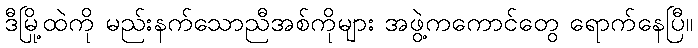
ဒီမြို့ထဲကို မည်းနက်သောညီအစ်ကိုများ အဖွဲ့ကကောင်တွေ ရောက်နေပြီ။